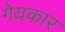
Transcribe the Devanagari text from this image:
गेयकार